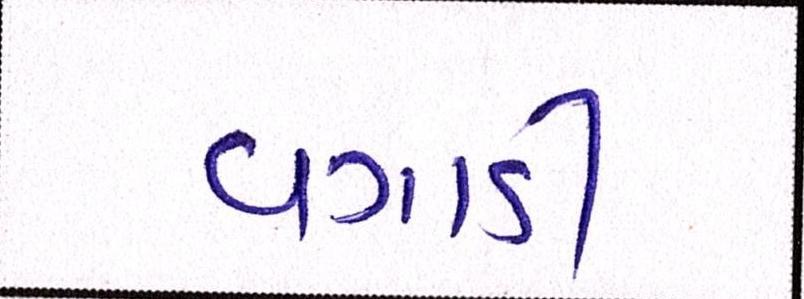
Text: વગાડી